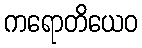
ကရောတိယေဝ